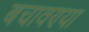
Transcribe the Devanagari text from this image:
बचावण्या